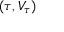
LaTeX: ( \tau , V _ { \tau } )